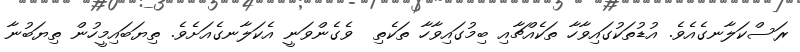
ރަސްކަލާނގެއެވެ. އުޑުތަކުގައިވާހާ ތަކެއްޗާއި ބިމުގައިވާހާ ތަކެތި  ވެގެންވަނީ އެކަލާނގެއަށެވެ. ތިޔަބައިމީހުން ތިޔަބުނާ